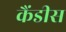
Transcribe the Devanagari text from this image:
कैंडीस